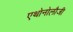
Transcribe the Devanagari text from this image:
एथोनोलौजी